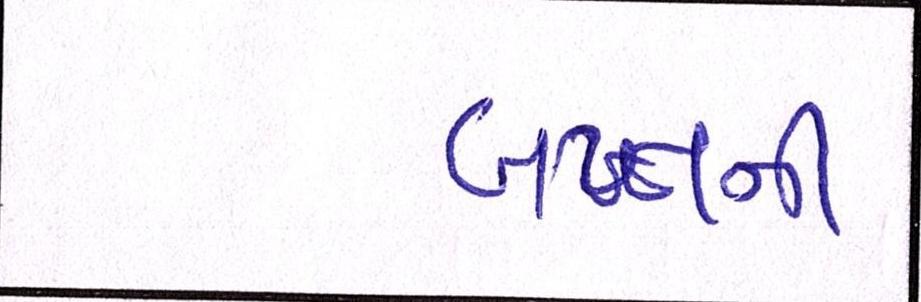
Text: બખ્તની